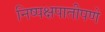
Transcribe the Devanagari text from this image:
निष्पक्षपातीपणे